Report of the Indian Hemp Drugs Commission, 1894-1895 - Volume III
Year: 1894
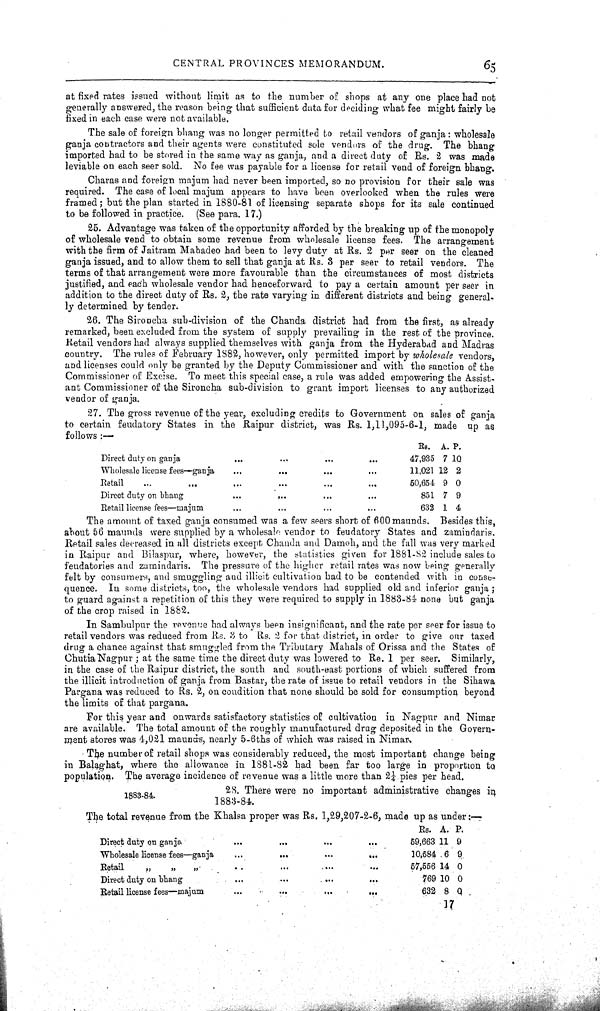
CENTRAL PROVINCES MEMORANDUM.
65
at fixed rates issued without limit as to the number of shops at any one place had not
generally answered, the reason being that sufficient data for deciding what fee might fairly be
fixed in each case were not available.
The sale of foreign bhang was no longer permitted to retail vendors of ganja: wholesale
ganja contractors and their agents were constituted sole vendors of the drug. The bhang
imported had to be stored in the same way as ganja, and a direct duty of Rs. 2 was made
leviable on each seer sold. No fee was payable for a license for retail vend of foreign bhang.
Charas and foreign majum had never been imported, so no provision for their sale was
required. The case of local majum appears to have been overlooked when the rules were
framed; but the plan started in 1880-81 of licensing separate shops for its sale continued
to be followed in practice. (See para. 17.)
25. Advantage was taken of the opportunity afforded by the breaking up of the monopoly
of wholesale vend to obtain some revenue from wholesale license fees. The arrangement
with the firm of Jaitram Mahadeo had been to levy duty at Rs. 2 per seer on the cleaned
ganja issued, and to allow them to sell that ganja at Rs. 3 per seer to retail vendors. The
terms of that arrangement were more favourable than the circumstances of most districts
justified, and each wholesale vendor had henceforward to pay a certain amount per seer in
addition to the direct duty of Rs. 2, the rate varying in different districts and being general-
ly determined by tender.
26. The Sironcha sub-division of the Chanda district had from the first, as already
remarked, been excluded from the system of supply prevailing in the rest of the province.
Retail vendors had always supplied themselves with ganja from the Hyderabad and Madras
country. The rules of February 1882, however, only permitted import by wholesale vendors,
and licenses could only be granted by the Deputy Commissioner and with the sanction of the
Commissioner of Excise. To meet this special case, a rule was added empowering the Assist-
ant Commissioner of the Sironcha sub-division to grant import licenses to any authorized
vendor of ganja.
27. The gross revenue of the year, excluding credits to Government on sales of ganja
to certain feudatory States in the Raipur district, was Rs. 1,11,095-6-1, made up as
follows:—
Rs. A. P.
Direct duty on ganja
47,935 7 10
Wholesale license fees—ganja
11,021 12 2
Retail
50,654 9 0
Direct duty on bhang
851 7 9
Retail license fees—majum
632 1 4
The amount of taxed ganja consumed was a few seers short of 600 maunds. Besides this,
about 56 maunds were supplied by a wholesale vendor to feudatory States and zamindaris.
Retail sales decreased in all districts except Chanda and Damoh, and the fall was very marked
in Raipur and Bilaspur, where, however, the statistics given for 1881-82 include sales to
feudatories and zamindaris. The pressure of the higher retail rates was now being generally
felt by consumers, and smuggling and illicit cultivation had to be contended with in conse-
quence. In some districts, too, the wholesale vendors had supplied old and inferior ganja;
to guard against a repetition of this they were required to supply in 1883-84 none but ganja
of the crop raised in 1882.
In Sambulpur the revenue had always been insignificant, and the rate per seer for issue to
retail vendors was reduced from Rs. 3 to Rs. 2 for that district, in order to give our taxed
drug a chance against that smuggled from the Tributary Mahals of Orissa and the States of
Chutia Nagpur; at the same time the direct duty was lowered to Re. 1 per seer. Similarly,
in the case of the Raipur district, the south and south-east portions of which suffered from
the illicit introduction of ganja from Bastar, the rate of issue to retail vendors in the Sihawa
Pargana was reduced to Rs. 2, on condition that none should be sold for consumption beyond
the limits of that pargana.
For this year and onwards satisfactory statistics of cultivation in Nagpur and Nimar
are available. The total amount of the roughly manufactured drug deposited in the Govern-
ment stores was 4,021 maunds, nearly 5-6ths of which was raised in Nimar.
The number of retail shops was considerably reduced, the most important change being
in Balaghat, where the allowance in 1881-82 had been far too large in proportion to
population. The average incidence of revenue was a little more than 21/4 pies per head.
1883-84.
28. There were no important administrative changes in
1883-84.
The total revenue from the Khalsa proper was Rs. 1,29,207-2-6, made up as under:—
Rs. A. P.
Direct duty on ganja
59,663 11 9
Wholesale license fees—ganja
10,584 6 9
Retail
"
"
"
57,556 14 0
Direct duty on bhang
769 10 0
Retail license fees—majum
632 8 0
17